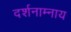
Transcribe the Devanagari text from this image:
दर्शनाम्नाय